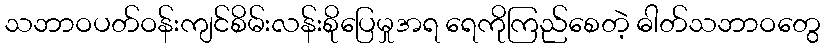
သဘာဝပတ်ဝန်းကျင်စိမ်းလန်းစိုပြေမှုအရ ရေကိုကြည်စေတဲ့ ဓါတ်သဘာဝတွေ